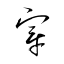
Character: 穿